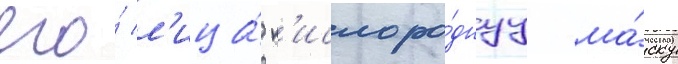
его́ л'ица́ к'ислоро́днуу ма́ску